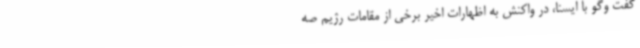
گفت وگو با ایسنا، در واکنش به اظهارات اخیر برخی از مقامات رژیم صه